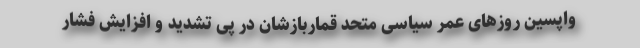
واپسین روزهای عمر سیاسی متحد قماربازشان در پی تشدید و افزایش فشار